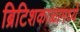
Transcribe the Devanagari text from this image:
ब्रिटिशकाळामध्ये